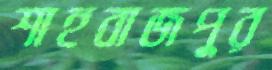
শাহবাজপুর